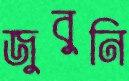
জুবুনি